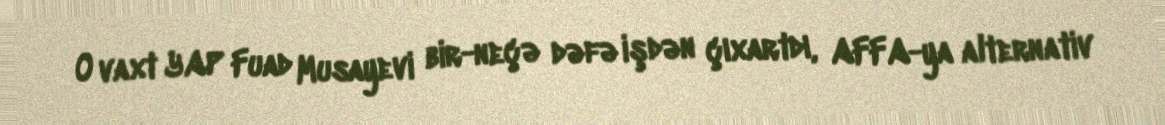
O vaxt YAP Fuad Musayevi bir-neçə dəfə işdən çıxartdı, AFFA-ya alternativ